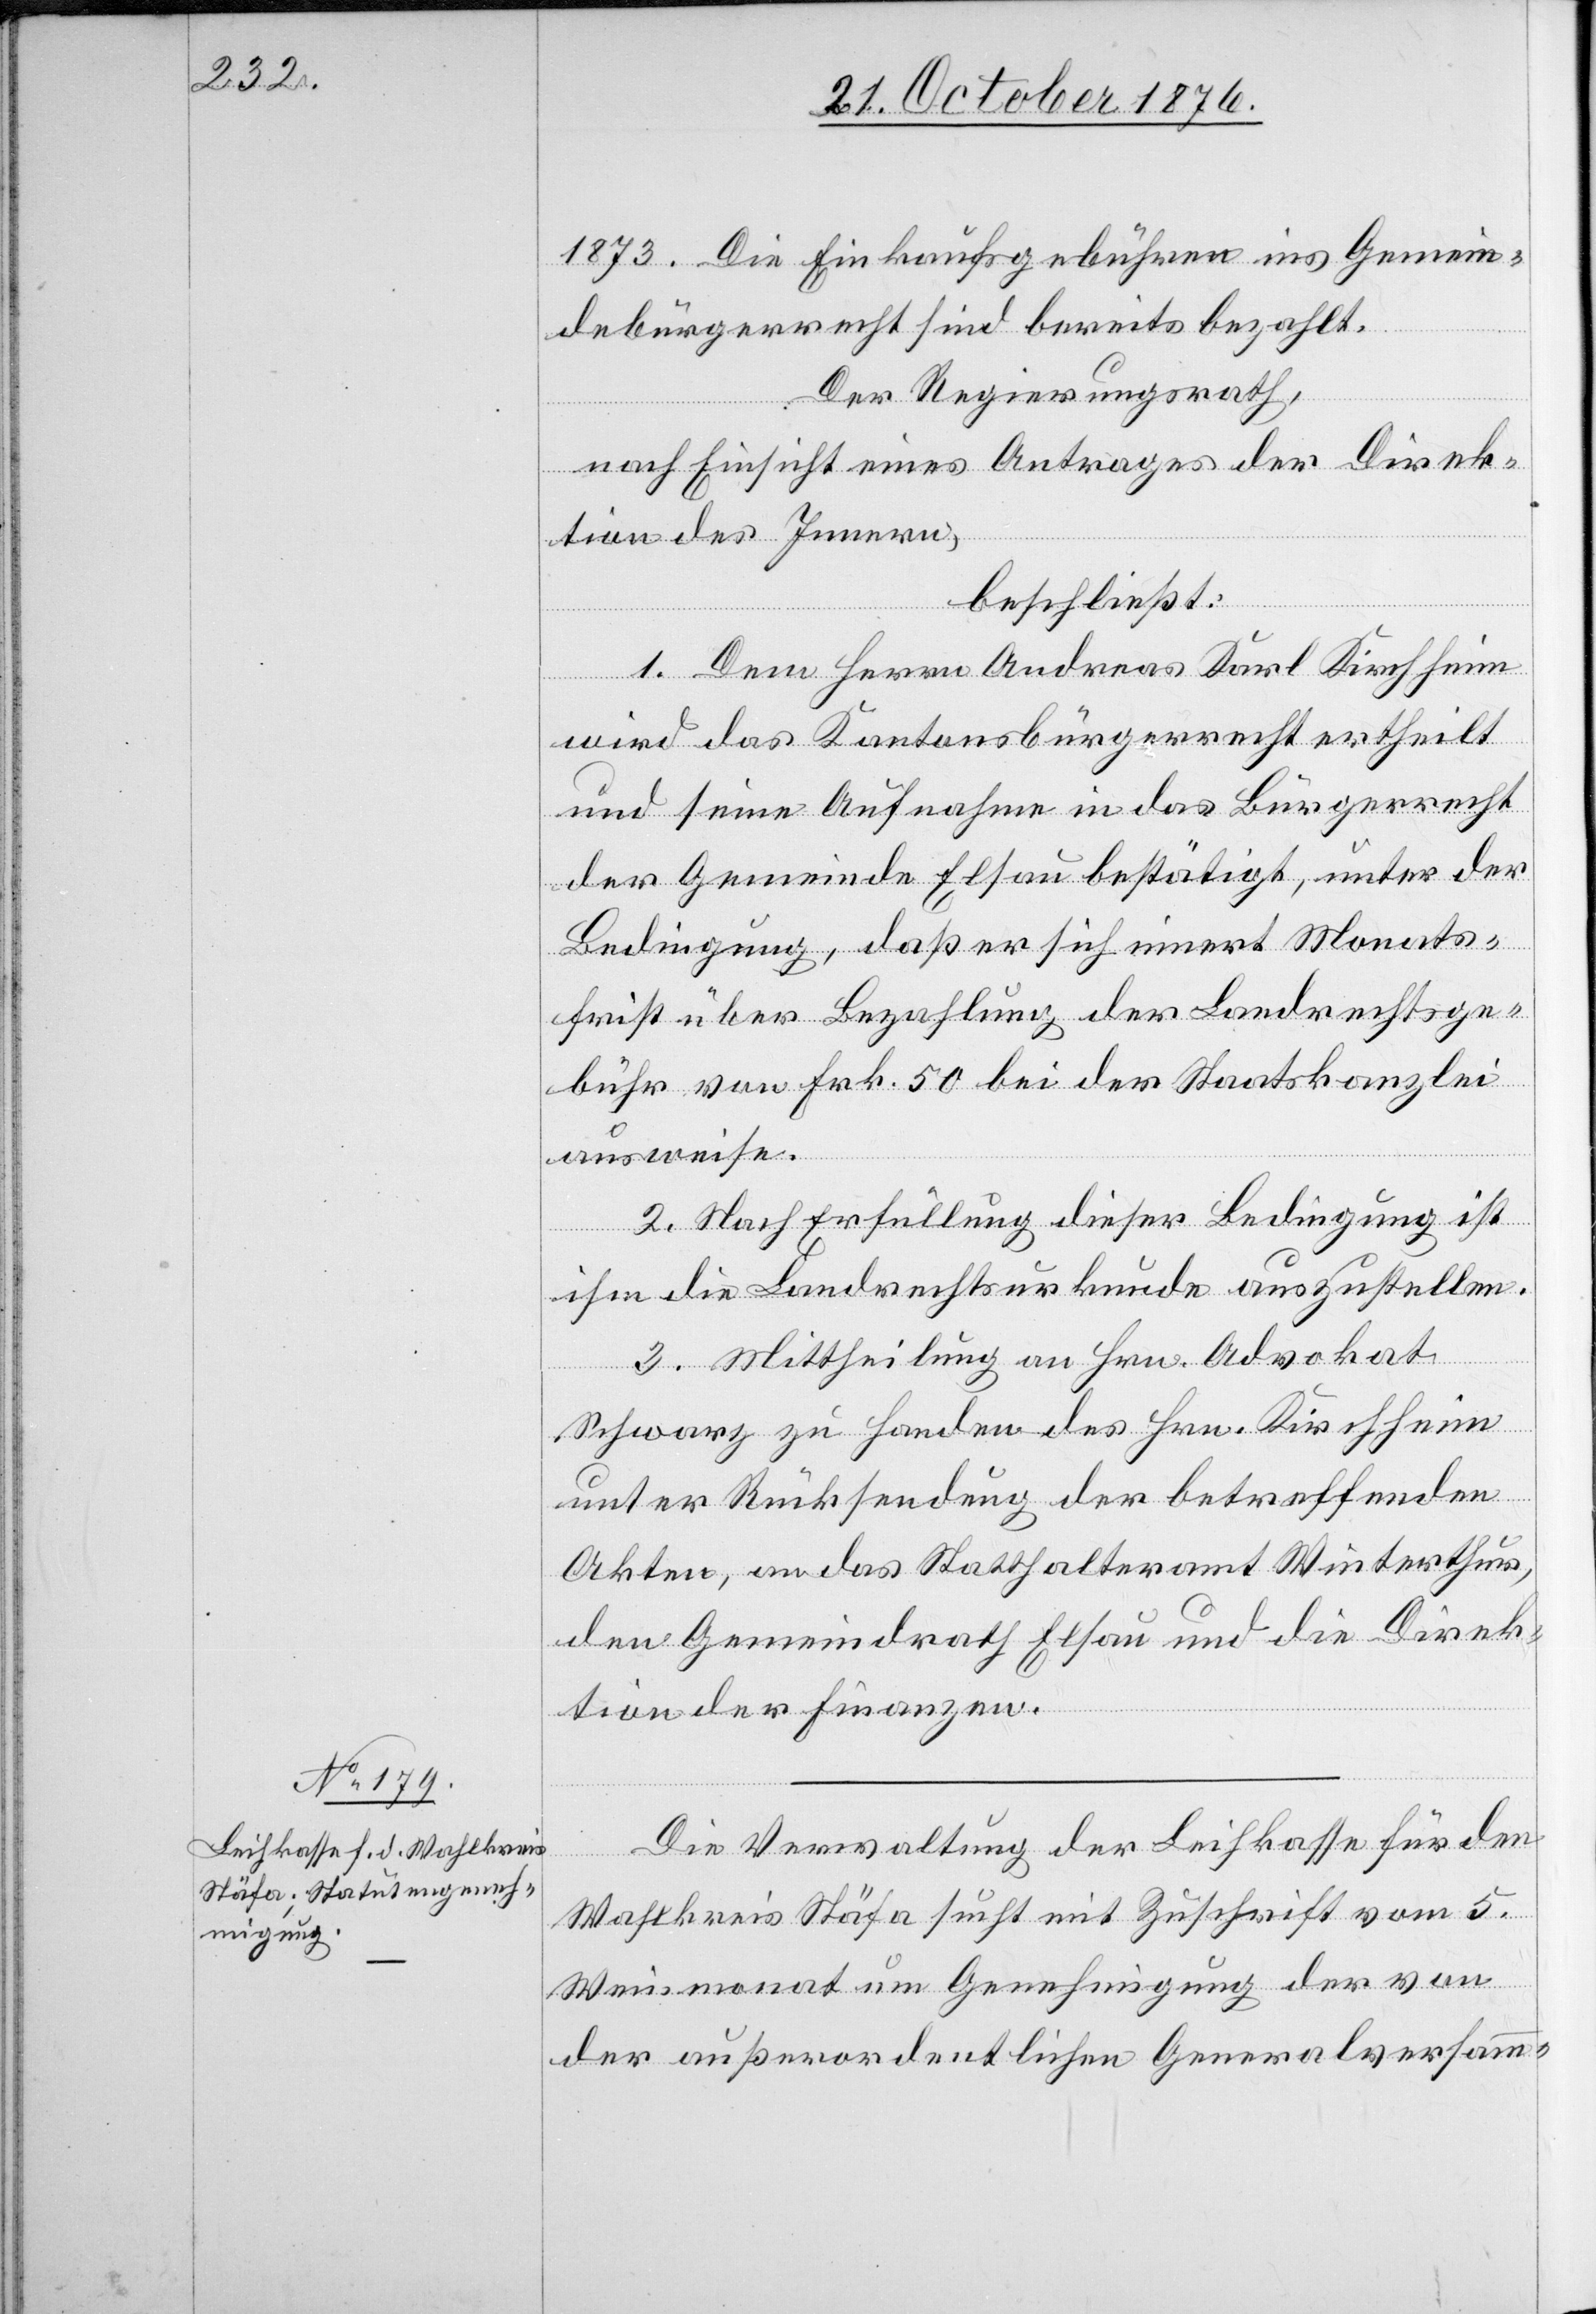
Die Verwaltung der Leihkasse für den
Wahlkreis Stäfa sucht mit Zuschrift vom 5.
Weinmonat um Genehmigung der von
der außerordentlichen Generalversamm-